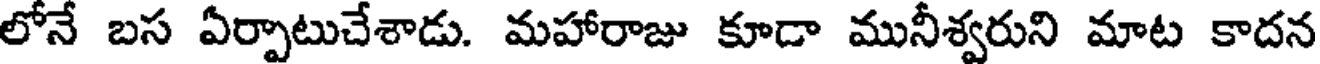
లోనే బస ఏర్పాటుచేశాడు. మహారాజు కూడా మునీశ్వరుని మాట కాదన